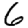
Digit: 6